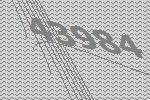
43984